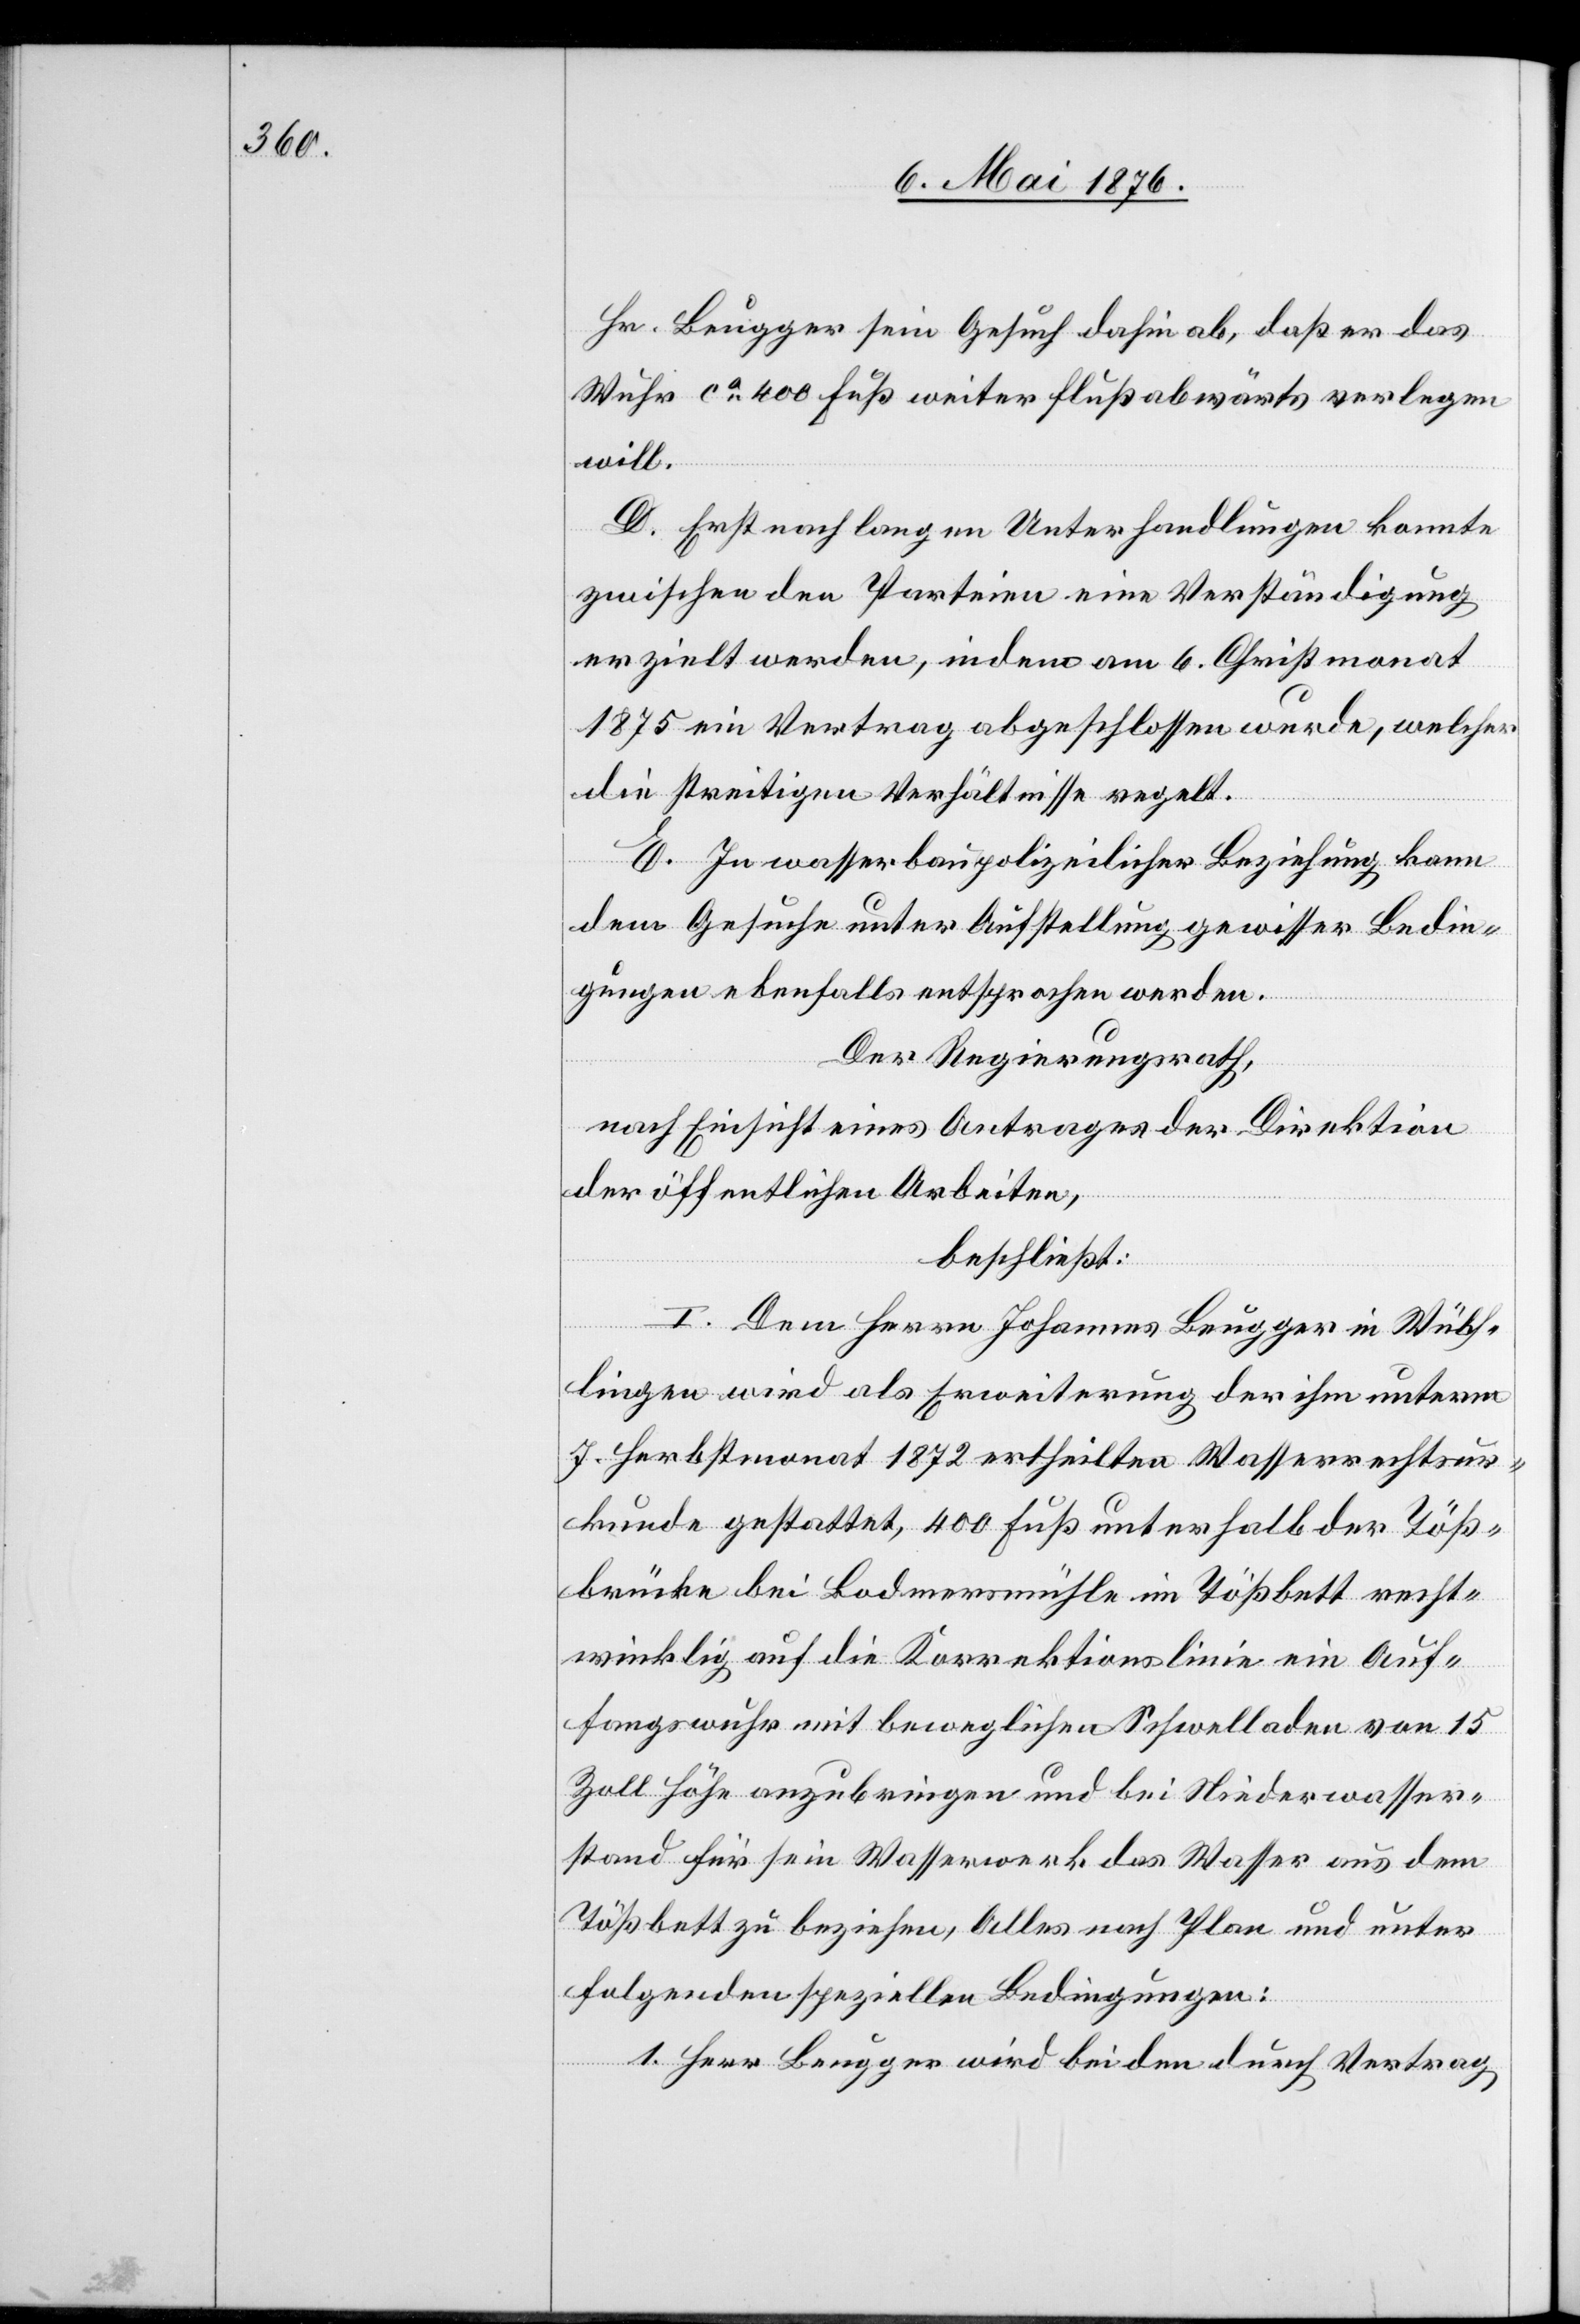
Hr. Beugger sein Gesuch dahin ab, daß er das
Wuhr ca 400 Fuß weiter flußabwärts verlegen
will.
D. Erst nach langen Unterhandlungen konnte
zwischen den Parteien eine Verständigung
erzielt werden, indem am 6. Christmonat
1875 ein Vertrag abgeschlossen wurde, welcher
die streitigen Verhältnisse regelt.
E. In wasserbaupolizeilicher Beziehung kann
dem Gesuche unter Aufstellung gewisser Bedin¬
gungen ebenfalls entsprochen werden.
Der Regierungsrath,
nach Einsicht eines Antrages der Direktion
der öffentlichen Arbeiten,
beschließt:
I. Dem Herrn Johannes Beugger in Wülf¬
lingen wird als Erweiterung der ihm unterm
7. Herbstmonat 1872 ertheilten Wasserrechtsur¬
kunde gestattet, 400 Fuß unterhalb der Töß¬
brücke bei Bodmersmühle im Tößbett recht¬
winklig auf die Korrektionslinie ein Auf¬
fangswuhr mit beweglichen Schwelladen von 15
Zoll Höhe anzubringen und bei Niederwasser¬
stand für sein Wasserwerk das Wasser aus dem
Tößbett zu beziehen, Alles nach Plan und unter
folgenden speziellen Bedingungen:
1. Herr Beugger wird bei den durch Vertrag